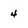
Character: 4